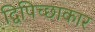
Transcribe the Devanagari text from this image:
द्विपिच्छाकार